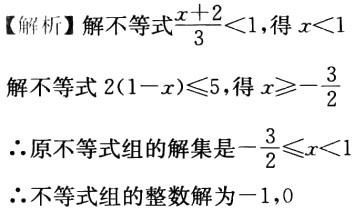
【解析】解不等式$\frac{x + 2}{3}<1$,得$x<1$

解不等式$2(1 - x)\leqslant5$,得$x\geqslant-\frac{3}{2}$

$\therefore$原不等式组的解集是$-\frac{3}{2}\leqslant x<1$

$\therefore$不等式组的整数解为$-1,0$